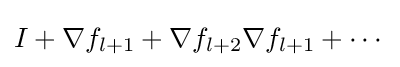
I+\nabla f_{l+1}+\nabla f_{l+2}\nabla f_{l+1}+\cdots